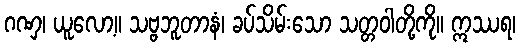
ဂဏှ၊ ယူလော့။ သဗ္ဗဘူတာနံ၊ ခပ်သိမ်းသော သတ္တဝါတို့ကို။ ဣဿရ၊